Lunatic asylums Punjab 1868-1880 - 1868-1880
Year: 1868
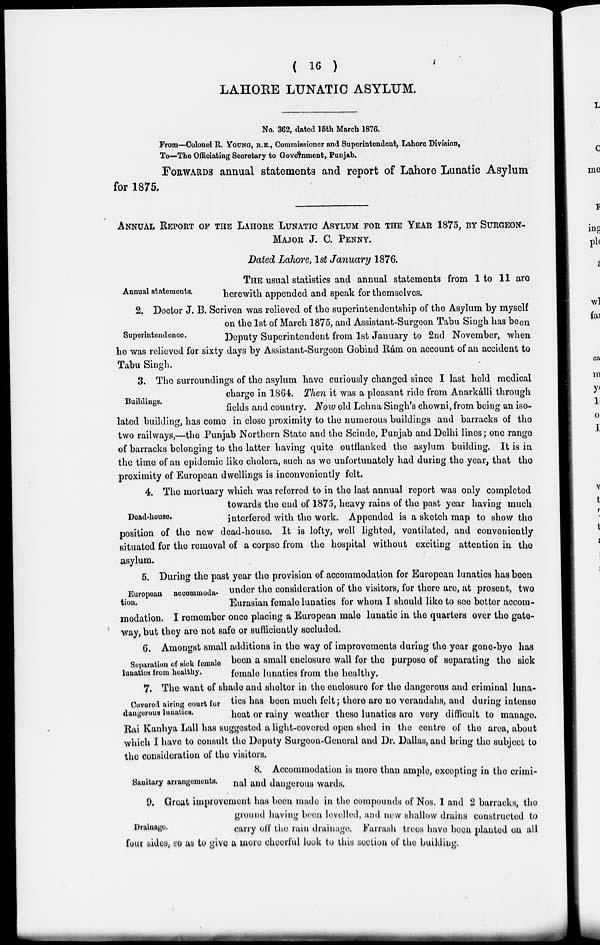
( 16 )
LAHORE LUNATIC ASYLUM.
No. 362, dated 15th March 1876.
From—Colonel R. YOUNG, R.E., Commissioner and Superintendent, Lahore Division,
To—The Officiating Secretary to Government, Punjab.
FORWARDS annual statements and report of Lahore Lunatic Asylum
for 1875.
ANNUAL REPORT OF THE LAHORE LUNATIC ASYLUM FOR THE YEAR 1875, BY SURGEON-
MAJOR J. C. PENNY.
Dated Lahore, 1st January 1876.
Annual statements.
THE usual statistics and annual statements from 1 to 11 are
herewith appended and speak for themselves.
Superintendence.
2. Doctor J. B. Scriven was relieved of the superintendentship of the Asylum by myself
on the 1st of March 1875, and Assistant-Surgeon Tabu Singh has been
Deputy Superintendent from 1st January to 2nd November, when
he was relieved for sixty days by Assistant-Surgeon Gobind Rám on account of an accident to
Tabu Singh.
Buildings.
3. The surroundings of the asylum have curiously changed since I last held medical
charge in 1864. Then it was a pleasant ride from Anarkálli through
fields and country. Now old Lehna Singh's chowni, from being an iso-
lated building, has come in close proximity to the numerous buildings and barracks of the
two railways,—the Punjab Northern State and the Scinde, Punjab and Delhi lines; one range
of barracks belonging to the latter having quite outflanked the asylum building. It is in
the time of an epidemic like cholera, such as we unfortunately had during the year, that the
proximity of European dwellings is inconveniently felt.
Dead-house.
4. The mortuary which was referred to in the last annual report was only completed
towards the end of 1875, heavy rains of the past year having much
interfered with the work. Appended is a sketch map to show the
position of the new dead-house. It is lofty, well lighted, ventilated, and conveniently
situated for the removal of a corpse from the hospital without exciting attention in the
asylum.
European accommoda-
tion.
5. During the past year the provision of accommodation for European lunatics has been
under the consideration of the visitors, for there are, at present, two
Eurasian female lunatics for whom I should like to see better accom-
modation. I remember once placing a European male lunatic in the quarters over the gate-
way, but they are not safe or sufficiently secluded.
Separation of sick female
lunatics from healthy.
6. Amongst small additions in the way of improvements during the year gone-bye has
been a small enclosure wall for the purpose of separating the sick
female lunatics from the healthy.
Covered airing court for
dangerous lunatics.
7. The want of shade and shelter in the enclosure for the dangerous and criminal luna-
tics has been much felt; there are no verandahs, and during intense
heat or rainy weather these lunatics are very difficult to manage.
Rai Kanhya Lall has suggested a light-covered open shed in the centre of the area, about
which I have to consult the Deputy Surgeon-General and Dr. Dallas, and bring the subject to
the consideration of the visitors.
Sanitary arrangements.
8. Accommodation is more than ample, excepting in the crimi-
nal and dangerous wards.
Drainage.
9. Great improvement has been made in the compounds of Nos. 1 and 2 barracks, the
ground having been levelled, and new shallow drains constructed to
carry off the rain drainage. Farrash trees have been planted on all
four sides, so as to give a more cheerful look to this section of the building.